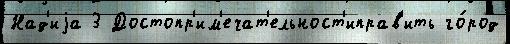
Над'иjа 3 Достопр'им'ечат'ельност'иправ'ить го́род